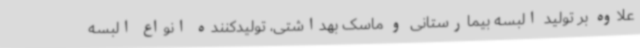
علاوه بر تولید البسه بیمارستانی و ماسک بهداشتی، تولیدکننده انواع البسه